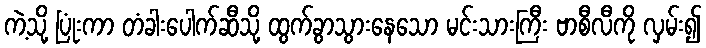
ကဲ့သို့ ပြုံးကာ တံခါးပေါက်ဆီသို့ ထွက်ခွာသွားနေသော မင်းသားကြီး ဗာစီလီကို လှမ်း၍